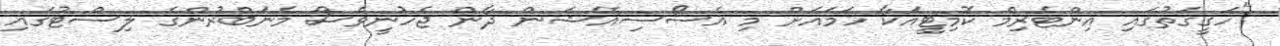
"ހަގީގަތުގައި އިންޓެރިމް ކޮމިޓީއަކާ ހަމައަށް މި އެސޯސިއޭޝަން ދާން ޖެހުނީވެސް މެނަބްރުންގެ ލިސްޓުގައި